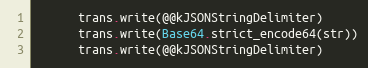
Language: Ruby
      trans.write(@@kJSONStringDelimiter)
      trans.write(Base64.strict_encode64(str))
      trans.write(@@kJSONStringDelimiter)